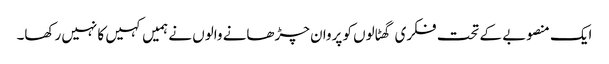
ایک منصوبے کے تحت فکری گھٹالوں کو پروان چڑھانے والوں نے ہمیں کہیں کا نہیں رکھا۔